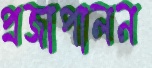
প্রজাপালন